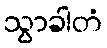
သွာခါတံ